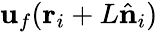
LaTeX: {\mathbf{u}}_{f}(\mathbf{r}_{i}+L\hat{\mathbf n}_{i})